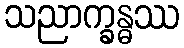
သညာက္ခန္ဓဿ